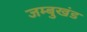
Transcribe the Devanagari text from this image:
जम्बुखंड